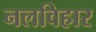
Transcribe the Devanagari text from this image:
नलविहार